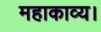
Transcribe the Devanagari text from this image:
महाकाव्य।